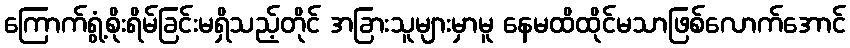
ကြောက်ရွံ့စိုးရိမ်ခြင်းမရှိသည့်တိုင် အခြားသူများမှာမူ နေမထိထိုင်မသာဖြစ်လောက်အောင်